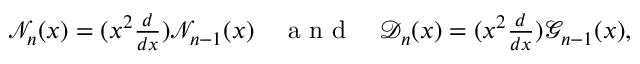
\begin{array} { r } { \mathcal { N } _ { n } ( x ) = ( x ^ { 2 } \frac { d } { d x } ) \mathcal { N } _ { n - 1 } ( x ) \quad \mathrm { ~ a ~ n ~ d ~ } \quad \mathcal { D } _ { n } ( x ) = ( x ^ { 2 } \frac { d } { d x } ) \mathcal { G } _ { n - 1 } ( x ) , } \end{array}